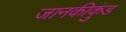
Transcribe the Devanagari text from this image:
जानकीकुंड